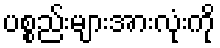
ပစ္စည်းများအားလုံးကို